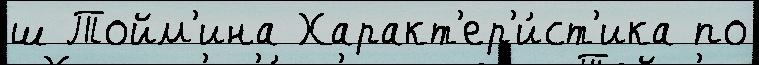
ш Тойм'ина Характ'ер'и́ст'ика по